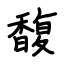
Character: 馥